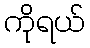
ကိုရယ်